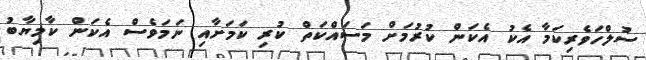
ސުލްހަވެރިކަމާ އެކު އެކަން ކުރުމަށް މަސައްކަތް ކުރި ކަމަށާއި ނަމަވެސް އެކަން ކާމިޔާބު